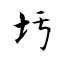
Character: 圬